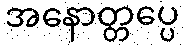
အနောတ္တပ္ပေ